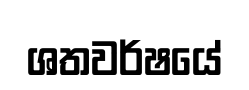
ශතවර්ෂයේ